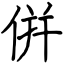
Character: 倂